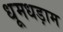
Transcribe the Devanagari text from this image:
धूमधड़ाम